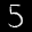
Label: 5